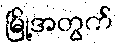
မြို့အတွက်